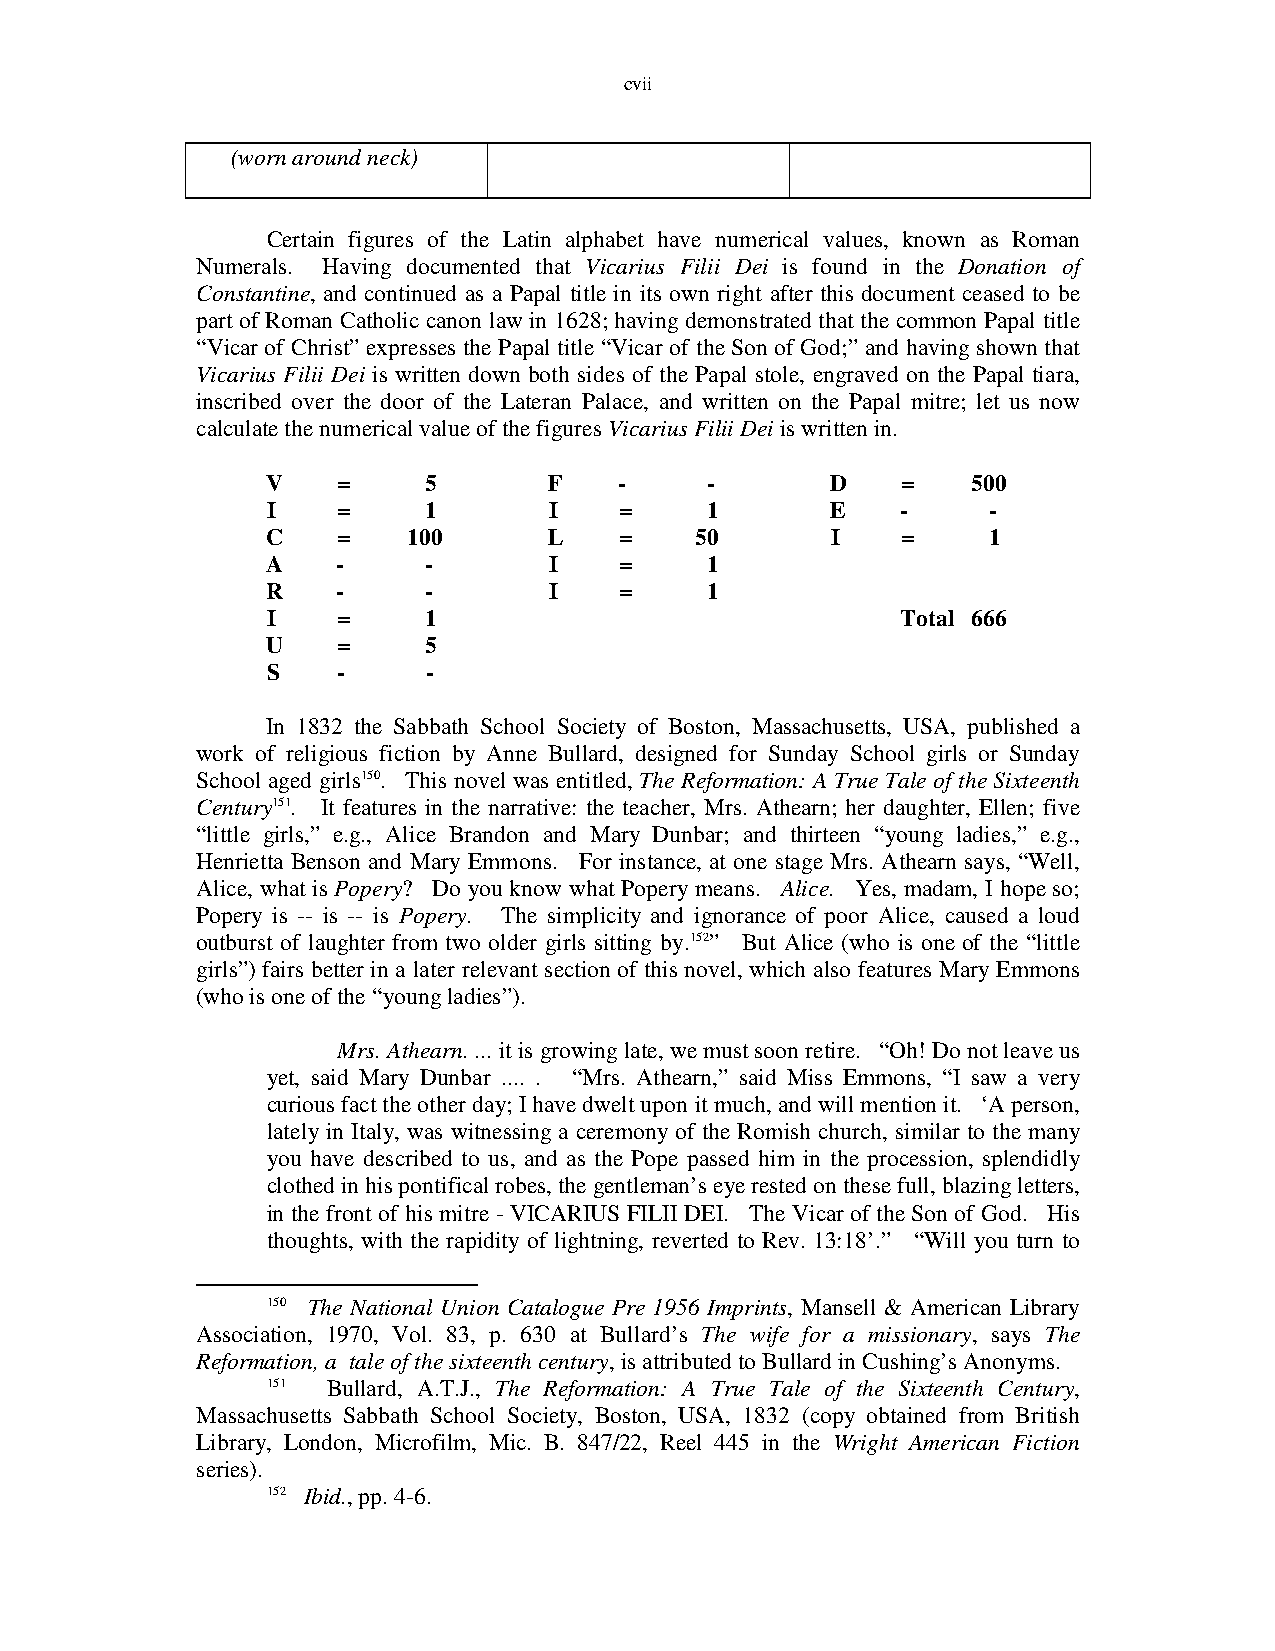
cvii
 (worn around neck)
 Certain figures of the Latin alphabet have numerical values, known as Roman
 Numerals. Having documented that Vicarius Filii Dei is found in the Donation of
 Constantine, and continued as a Papal title in its own right after this document ceased to be
 part of Roman Catholic canon law in 1628; having demonstrated that the common Papal title
 “Vicar of Christ” expresses the Papal title “Vicar of the Son of God;” and having shown that
 Vicarius Filii Dei is written down both sides of the Papal stole, engraved on the Papal tiara,
 inscribed over the door of the Lateran Palace, and written on the Papal mitre; let us now
 calculate the numerical value of the figures Vicarius Filii Dei is written in.
 V   =     5       F    -     -       D    =   500
 I   =     1       I    =     1       E    -     -
 C   =    100      L    =    50       I    =     1
 A   -     -       I    =     1
 R   -     -       I    =     1
 I   =     1                               Total 666
 U   =     5
 S   -     -
 In 1832 the Sabbath School Society of Boston, Massachusetts, USA, published a
 work of religious fiction by Anne Bullard, designed for Sunday School girls or Sunday
 School aged girls150. This novel was entitled, The Reformation: A True Tale of the Sixteenth
 Century151. It features in the narrative: the teacher, Mrs. Athearn; her daughter, Ellen; five
 “little girls,” e.g., Alice Brandon and Mary Dunbar; and thirteen “young ladies,” e.g.,
 Henrietta Benson and Mary Emmons. For instance, at one stage Mrs. Athearn says, “Well,
 Alice, what is Popery? Do you know what Popery means. Alice. Yes, madam, I hope so;
 Popery is -- is -- is Popery. The simplicity and ignorance of poor Alice, caused a loud
 outburst of laughter from two older girls sitting by.152” But Alice (who is one of the “little
 girls”) fairs better in a later relevant section of this novel, which also features Mary Emmons
 (who is one of the “young ladies”).
 Mrs. Athearn. ... it is growing late, we must soon retire. “Oh! Do not leave us
 yet, said Mary Dunbar .... . “Mrs. Athearn,” said Miss Emmons, “I saw a very
 curious fact the other day; I have dwelt upon it much, and will mention it. ‘A person,
 lately in Italy, was witnessing a ceremony of the Romish church, similar to the many
 you have described to us, and as the Pope passed him in the procession, splendidly
 clothed in his pontifical robes, the gentleman’s eye rested on these full, blazing letters,
 in the front of his mitre - VICARIUS FILII DEI. The Vicar of the Son of God. His
 thoughts, with the rapidity of lightning, reverted to Rev. 13:18’.” “Will you turn to
 150 The National Union Catalogue Pre 1956 Imprints, Mansell & American Library
 Association, 1970, Vol. 83, p. 630 at Bullard’s The wife for a missionary, says The
 Reformation, a tale of the sixteenth century, is attributed to Bullard in Cushing’s Anonyms.
 151 Bullard, A.T.J., The Reformation: A True Tale of the Sixteenth Century,
 Massachusetts Sabbath School Society, Boston, USA, 1832 (copy obtained from British
 Library, London, Microfilm, Mic. B. 847/22, Reel 445 in the Wright American Fiction
 series).
 152 Ibid., pp. 4-6.